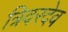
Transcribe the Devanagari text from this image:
त्रिवरदेव